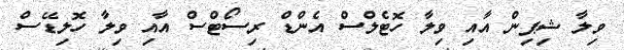
ވިލާ ޝިޕިން އާއި ވިލާ ހޮޓެލްސް އެންޑް ރިސޯޓްސް އާއި ވިލާ ހޮލިޑޭސް